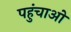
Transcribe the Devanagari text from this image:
पहुंचाओ